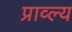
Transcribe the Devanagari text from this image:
प्राव्ल्य